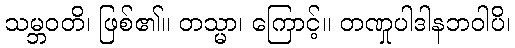
သမ္ဘဝတိ၊ ဖြစ်၏။ တသ္မာ၊ ကြောင့်။ တဏှုပါဒါနဘဝါပိ၊